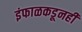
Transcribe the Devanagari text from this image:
इंफाळकडूनही